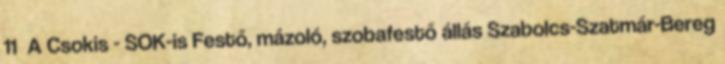
11 A Csokis - SOK-is Festő, mázoló, szobafestő állás Szabolcs-Szatmár-Bereg